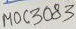
Text: moc3083